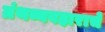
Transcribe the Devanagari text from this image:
ग्रंथव्यवहाराचे